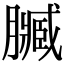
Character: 𮍄